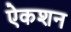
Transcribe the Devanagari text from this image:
ऐकशन